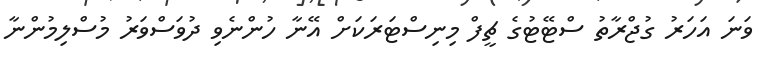
ވަނަ އަހަރު ގުޖްރާތު ސްޓޭޓުގެ ޗީފް މިނިސްޓަރަކަށް އޭނާ ހުންނެވި ދުވަސްވަރު މުސްލިމުންނާ